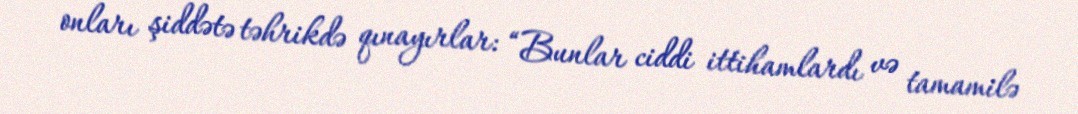
onları şiddətə təhrikdə qınayırlar: “Bunlar ciddi ittihamlardı və tamamilə